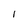
Character: l